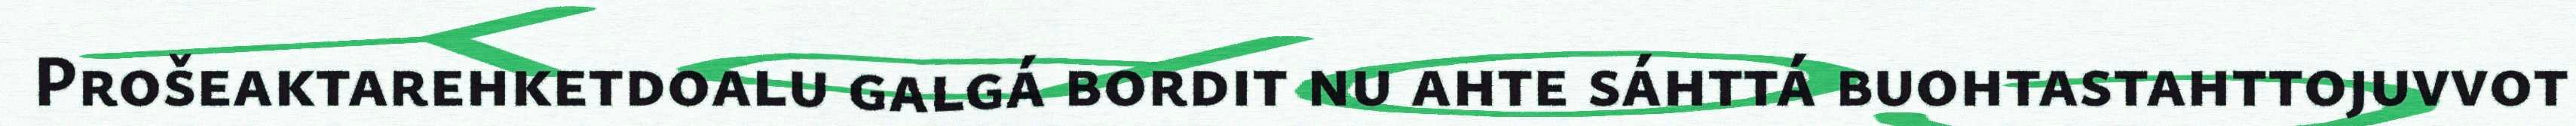
Prošeaktarehketdoalu galgá bordit nu ahte sáhttá buohtastahttojuvvot